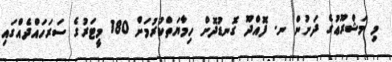
މި މަޝްރޫޢުގެ ދަށުން ނ. ފޮއްދޫ ގޮނޑުދޮށް ހިމާޔަތްކުރުމަށް 180 މީޓަރުގެ ސަރަހައްދެއްގައި